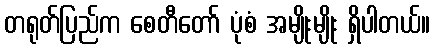
တရုတ်ပြည်က စေတီတော် ပုံစံ အမျိုးမျိုး ရှိပါတယ်။